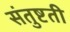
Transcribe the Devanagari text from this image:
संतुष्टती